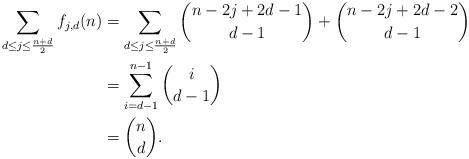
LaTeX: \begin{align*} \sum_{d \leq j \leq \frac{n+d}{2}} f_{j,d}(n) &= \sum_{d \leq j \leq \frac{n+d}{2}} {n-2j+2d-1 \choose d-1} + {n-2j+2d-2 \choose d-1} \\ &= \sum_{i=d-1}^{n-1} {i \choose d-1} \\ &= {n \choose d}.\end{align*}